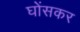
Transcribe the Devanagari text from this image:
घोंसकर